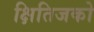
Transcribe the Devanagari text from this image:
क्षितिजको